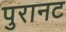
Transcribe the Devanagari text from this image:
पुरानट